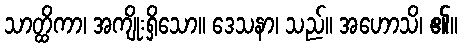
သာတ္ထိကာ၊ အကျိုးရှိသော။ ဒေသနာ၊ သည်။ အဟောသိ၊ ၏။